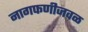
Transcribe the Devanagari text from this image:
नागफणीजवळ